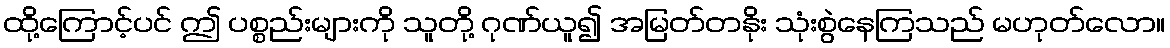
ထို့ကြောင့်ပင် ဤ ပစ္စည်းများကို သူတို့ ဂုဏ်ယူ၍ အမြတ်တနိုး သုံးစွဲနေကြသည် မဟုတ်လော။